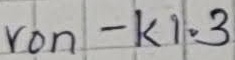
Text: von - K1.3